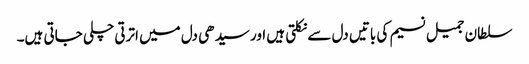
سلطان جمیل نسیم کی باتیں دل سے نکلتی ہیں اور سیدھی دل میں اترتی چلی جاتی ہیں۔